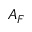
A _ { F }